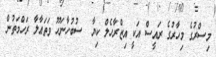
މިސްރުގެ މިހާރުގެ ރައީސް އަކީ އިޒްރާހެލް ކިޔާ  ސުބުހާނަހޫ ވަތަޢާލާ ރަހްމަތުން